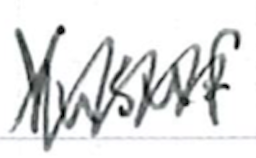
Text: Yusuf
Cross-out: zig-zag
Writing tool: ballpoint